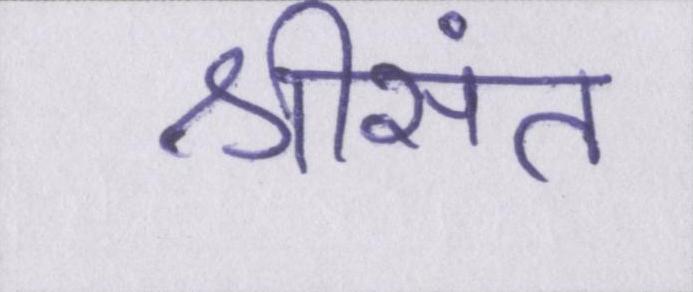
श्रीसंत